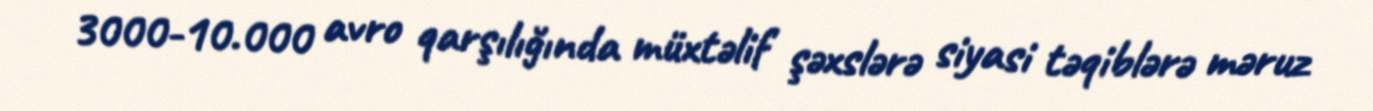
3000-10.000 avro qarşılığında müxtəlif şəxslərə siyasi təqiblərə məruz